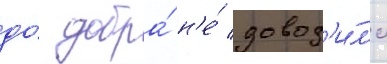
до́ добра́ н'е́ довод'и́л'и